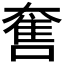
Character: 𡙬